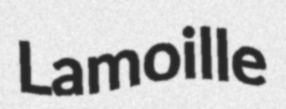
Lamoille